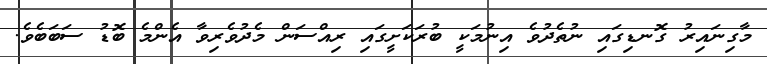
މާގިނައިރު ގޮނޑިގައި ނުތެދުވެ އިނުމަކީ ބުރަކަށީގައި ރިއްސަން މެދުވެރިވާ އެންމެ ބޮޑު ސަބަބެވެ.